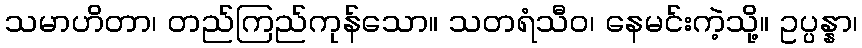
သမာဟိတာ၊ တည်ကြည်ကုန်သော။ သတရံသီဝ၊ နေမင်းကဲ့သို့။ ဥပ္ပန္နာ၊